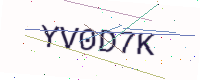
Text: YV0D7K